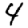
Digit: 4